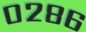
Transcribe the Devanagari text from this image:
०२८६